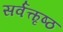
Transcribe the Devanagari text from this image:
सर्वत्कृष्ठ